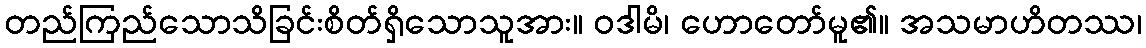
တည်ကြည်သောသိခြင်းစိတ်ရှိသောသူအား။ ဝဒါမိ၊ ဟောတော်မူ၏။ အသမာဟိတဿ၊